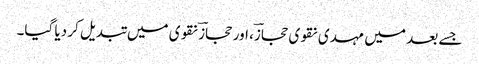
جسے بعد میں مہدی نقوی حجازؔ، اور حجازؔ نقوی میں تبدیل کر دیا گیا۔